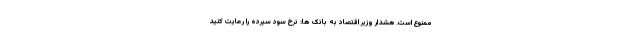
ممنوع است. هشدار وزیر اقتصاد به بانک ها: نرخ سود سپرده را رعایت کنید